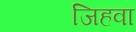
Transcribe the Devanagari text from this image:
जिहवा